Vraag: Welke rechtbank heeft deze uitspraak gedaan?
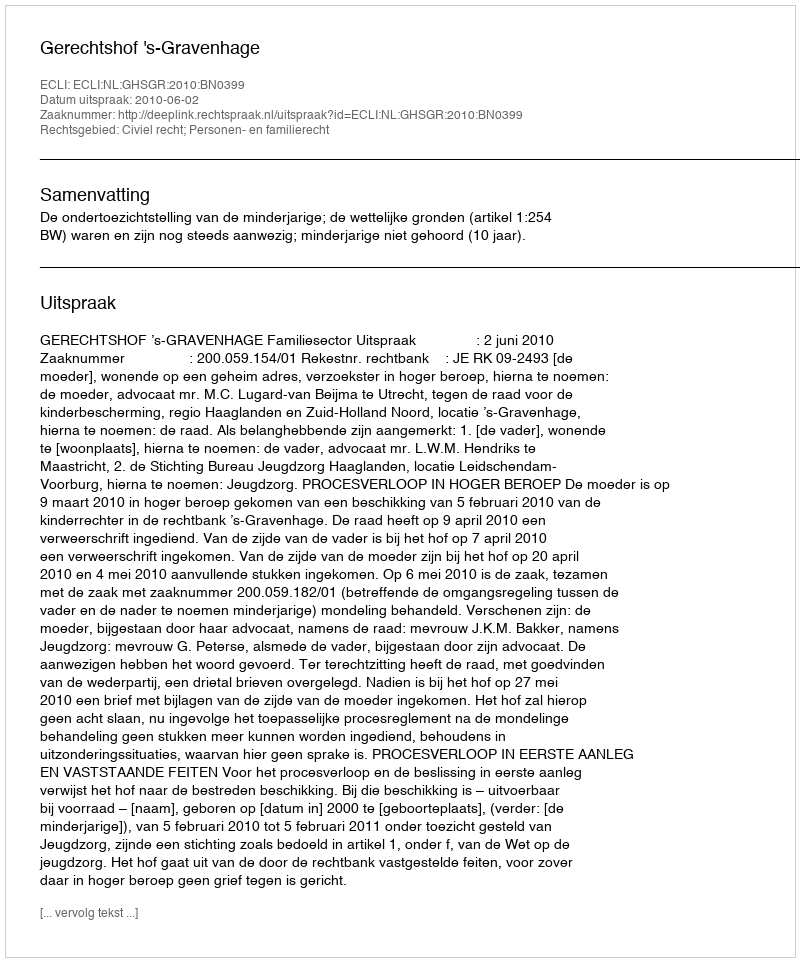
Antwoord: Gerechtshof 's-Gravenhage